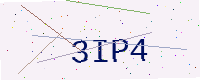
Text: 3IP4